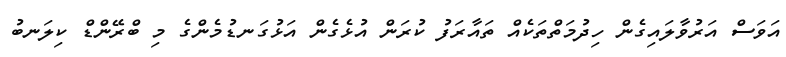
އަވަސް އަރުވާލައިގެން ހިދުމަތްތަކެއް ތައާރަފު ކުރަން އުޅެގެން އަޅުގަނޑުމެންގެ މި ބްރޭންޑް ކިލަނބު